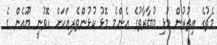
މެޗުގެ އިތުރުން މުޅި މުބާރާތުގެ އެންމެ މޮޅު ކުޅުންތެރިއަކަށް ހޮވުނީ ޔޫއެން ގެ